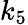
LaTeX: k_{5}